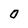
Character: O